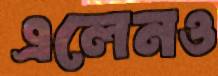
এলেনও